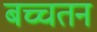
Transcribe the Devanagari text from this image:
बच्चतन